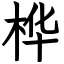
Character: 桦